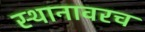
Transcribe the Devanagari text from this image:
स्थानावरच